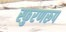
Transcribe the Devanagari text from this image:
स्फुरणरूप